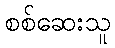
စစ်ဆေးသူ